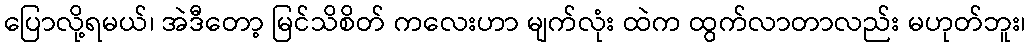
ပြောလို့ရမယ်၊ အဲဒီတော့ မြင်သိစိတ် ကလေးဟာ မျက်လုံး ထဲက ထွက်လာတာလည်း မဟုတ်ဘူး၊